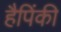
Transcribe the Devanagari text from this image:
हैपिंकी